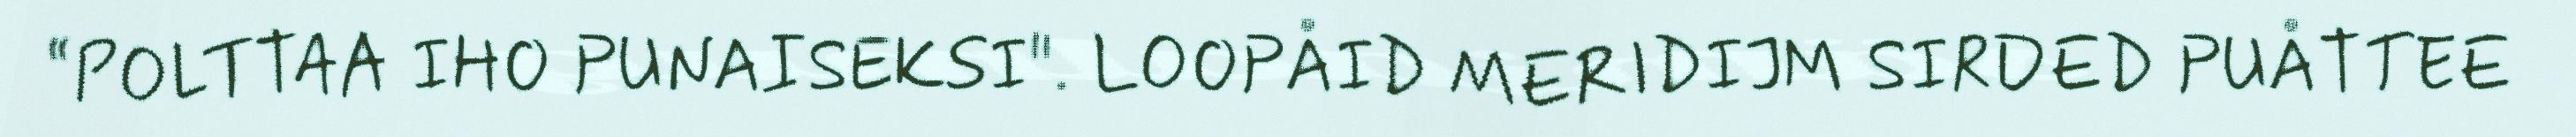
“POLTTAA IHO PUNAISEKSI". LOOPÅID MERIDIJM SIRDED PUÅTTEE